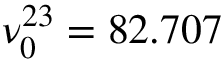
\nu _ { 0 } ^ { 2 3 } = 8 2 . 7 0 7